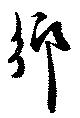
郷